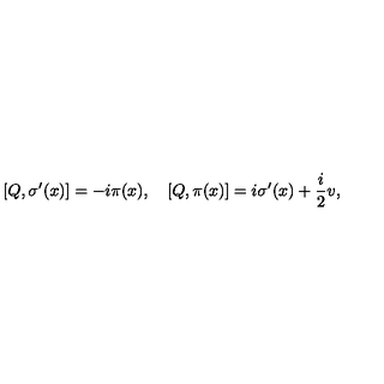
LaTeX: [ Q , \sigma ^ { \prime } ( x ) ] = - i \pi ( x ) , \quad [ Q , \pi ( x ) ] = i \sigma ^ { \prime } ( x ) + \frac { i } { 2 } v ,